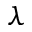
\lambda